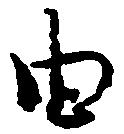
由